Document type: Sale
Year: 1323
Scribe: Guillem Coscoll
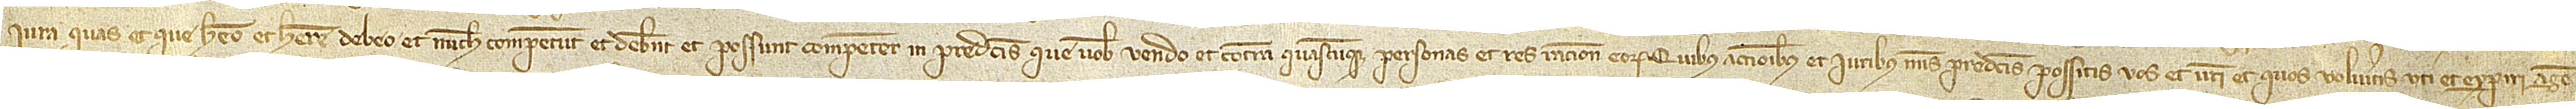
iura quas et que habeo et habere debeo et nunch competunt et debent et possunt competere in predictis que vobis vendo et contra quascumque personas et res ratione eorum. Quibus actionibus et iuribus meis predictis possitis vos et vestri et quos volueritis uti et experiri, agen-